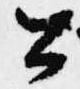
公